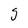
Character: S